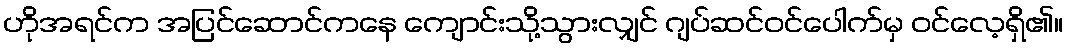
ဟိုအရင်က အပြင်ဆောင်ကနေ ကျောင်းသို့သွားလျှင် ဂျပ်ဆင်ဝင်ပေါက်မှ ဝင်လေ့ရှိ၏။